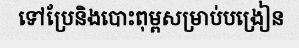
ទៅប្រែនិងបោះពុម្ពសម្រាប់បង្រៀន